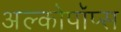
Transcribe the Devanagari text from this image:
अल्कोपॉप्स